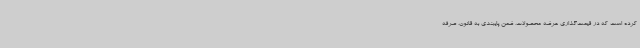
کرده است که در قیمت‌گذاری عرضه محصولات، ضمن پایبندی به قانون، صرفه